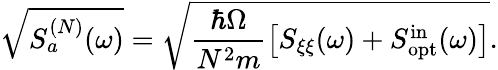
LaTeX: \sqrt{S_{a}^{(N)}(\omega)}=\sqrt{\frac{\hbar\Omega}{N^{2}m}\left[S_{\xi\xi}(\omega)+S_{\mathrm{opt}}^{\mathrm{in}}(\omega)\right]}.